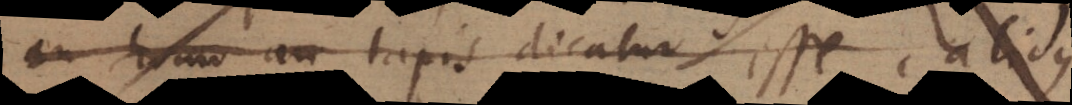
homo an lapis dicatur esse calid